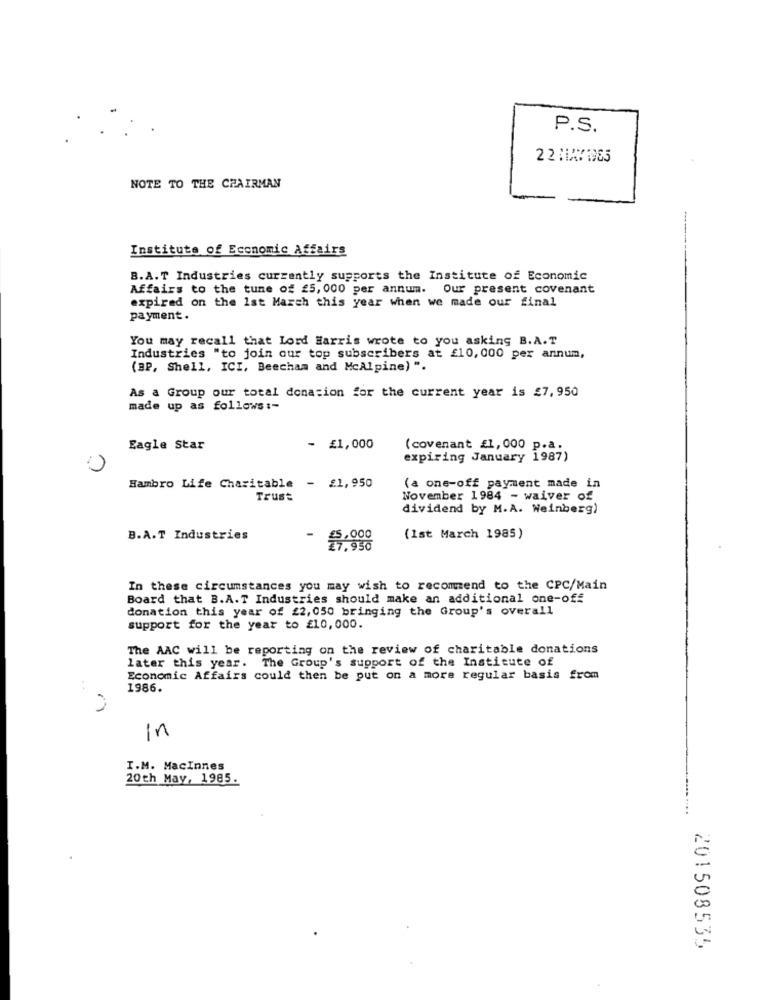
P.S.
22 :1A71985
NOTE TO THE CHAIRMAN
Institute of Economic Affairs
B.A.T Industries currently supports the Institute of Economic
Affairs to the tune of 25, 000 per annum. Our present covenant
expired on the 1st March this year when we made our final
payment.
You may recall that Lord Harris wrote to you asking B.A.T
Industries "to join our top subscribers at £10, 000 per annum,
(BP, Shell, ICI, Beecham and McAlpine) ".
As a Group our total donation for the current year is £7,950
made up as follows :-
Eagle Star
- £1,000
(covenant £1, 000 p.a.
expiring January 1987)
Hambro Life Charitable - £1, 950
(a one-off payment made in
Trust
November 1984 - waiver of
dividend by M.A. Weinberg)
B.A.T Industries
- 4.000
(1st March 1985)
7,950
In these circumstances you may wish to recommend to the CPC/Main
Board that B.A.T Industries should make an additional one-off
donation this year of £2,050 bringing the Group's overall
support for the year to £10,000.
The AAC will be reporting on the review of charitable donations
later this year. The Group's support of the Institute of
Economic Affairs could then be put on a more regular basis from
..
1986.
in
I.M. MacInnes
20th May, 1985.
201508535